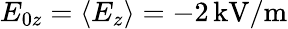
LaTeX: E_{0z}=\langle E_{z}\rangle=-2\, \mathrm{kV/m}